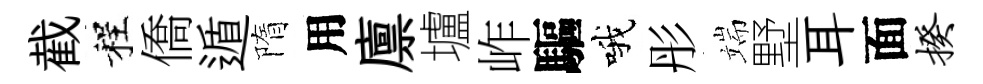
截程僑遁隋用廪壚岞驅哦彤端墅耳面揆